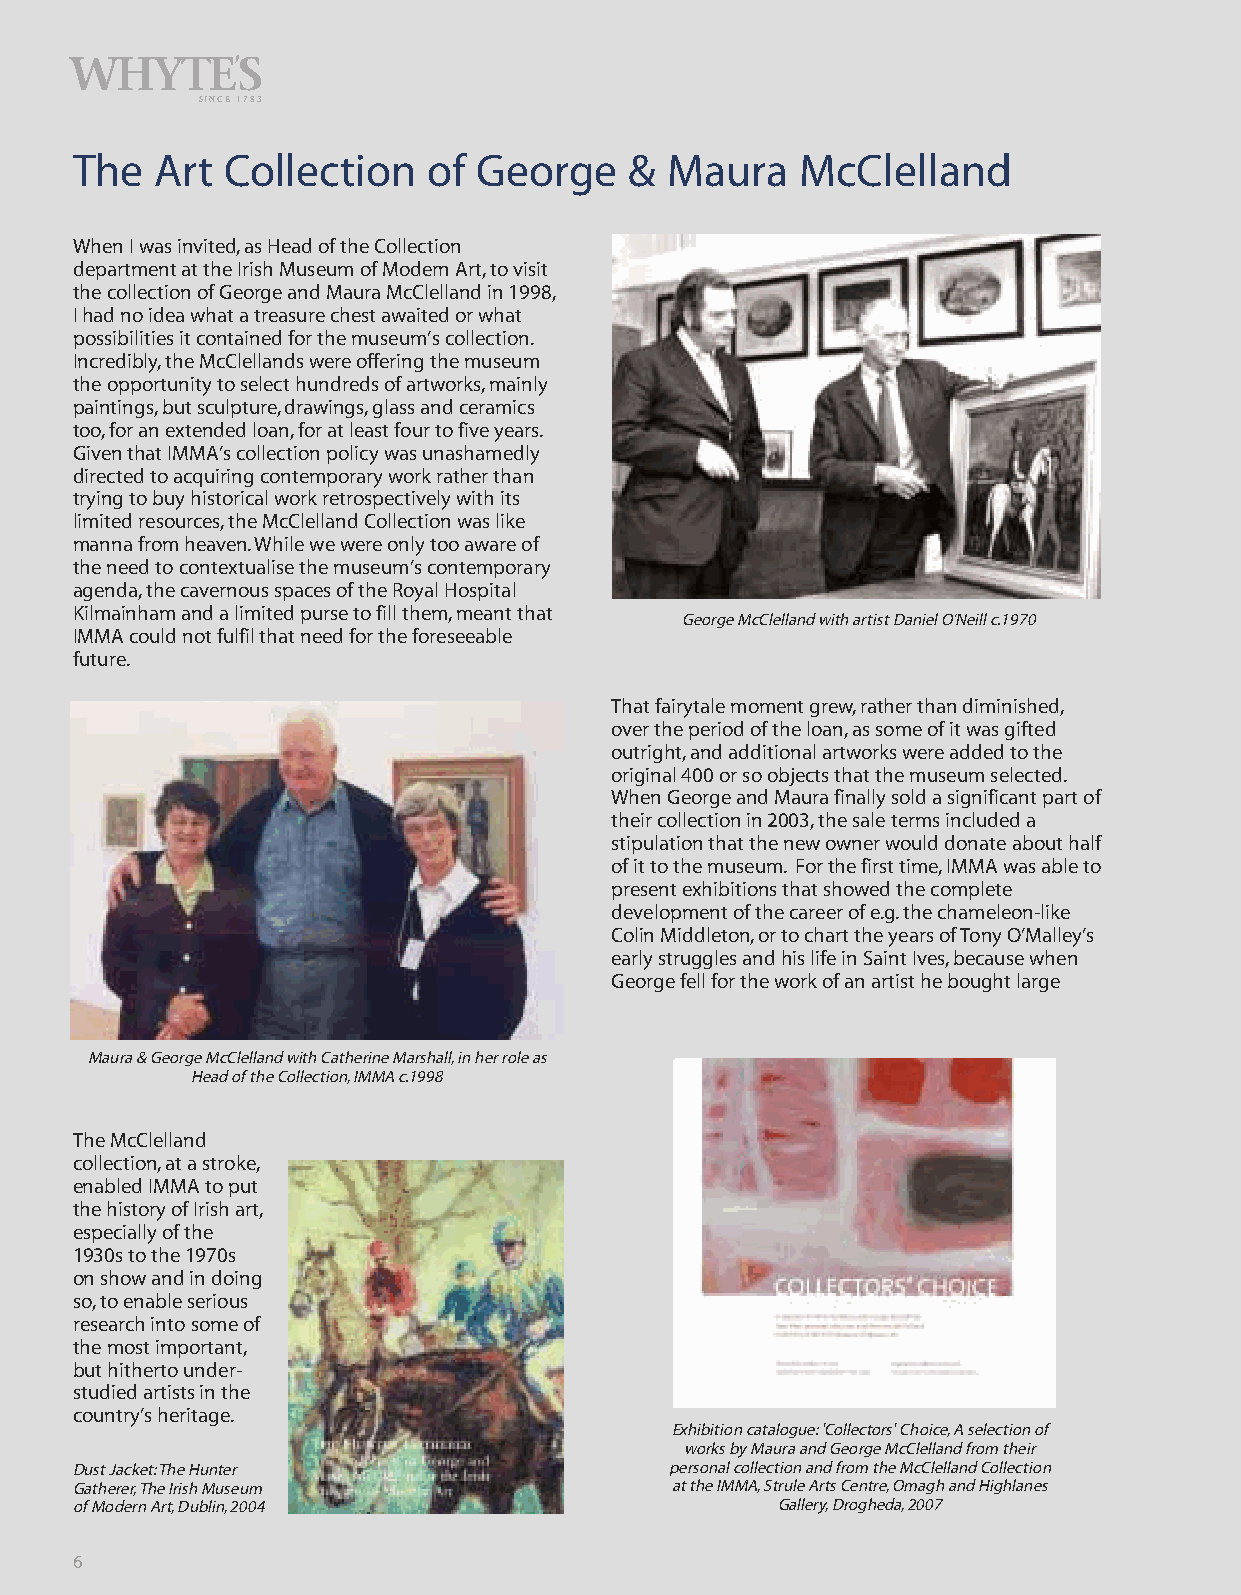
,
 WHYTE      S
 SINCE 1783
 The  Art  Collection   of  George    & Maura    McClelland
 When I was invited, as Head of the Collection
 department at the Irish Museum of Modern Art, to visit
 the collection of George and Maura McClelland in 1998,
 I had no idea what a treasure chest awaited or what
 possibilities it contained for the museum’s collection.
 Incredibly, the McClellands were offering the museum
 the opportunity to select hundreds of artworks, mainly
 paintings, but sculpture, drawings, glass and ceramics
 too, for an extended loan, for at least four to five years.
 Given that IMMA’s collection policy was unashamedly
 directed to acquiring contemporary work rather than
 trying to buy historical work retrospectively with its
 limited resources, the McClelland Collection was like
 manna from heaven. While we were only too aware of
 the need to contextualise the museum’s contemporary
 agenda, the cavernous spaces of the Royal Hospital
 Kilmainham and a limited purse to fill them, meant that
 George McClelland with artist Daniel O’Neill c.1970
 IMMA could not fulfil that need for the foreseeable
 future.
 That fairytale moment grew, rather than diminished,
 over the period of the loan, as some of it was gifted
 outright, and additional artworks were added to the
 original 400 or so objects that the museum selected.
 When George and Maura finally sold a significant part of
 their collectionin 2003, the sale terms included a
 stipulation that the new owner would donate about half
 of it to the museum. For the first time, IMMA was able to
 present exhibitions that showed the complete
 development of the career of e.g. the chameleon-like
 Colin Middleton, or to chart the years of Tony O’Malley’s
 early struggles and his life in Saint Ives, because when
 George fell for the work of an artist he bought large
 Maura & George McClelland with Catherine Marshall, in her role as
 Head of the Collection, IMMA c.1998
 The McClelland
 collection, at a stroke,
 enabled IMMA to put
 the history of Irish art,
 especially of the
 1930s to the 1970s
 on show and in doing
 so, to enable serious
 research into some of
 the most important,
 but hitherto under-
 studied artists in the
 country’s heritage.
 Exhibition catalogue: 'Collectors' Choice, A selection of
 works by Maura and George McClelland from their
 Dust Jacket: The Hunter                personal collection and from the McClelland Collection
 Gatherer, The Irish Museum             at the IMMA, Strule Arts Centre, Omagh and Highlanes
 of Modern Art, Dublin, 2004                   Gallery, Drogheda, 2007
 6